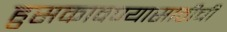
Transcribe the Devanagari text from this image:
हुसकावण्यासाठीची